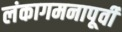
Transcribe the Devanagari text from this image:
लंकागमनापूर्वी